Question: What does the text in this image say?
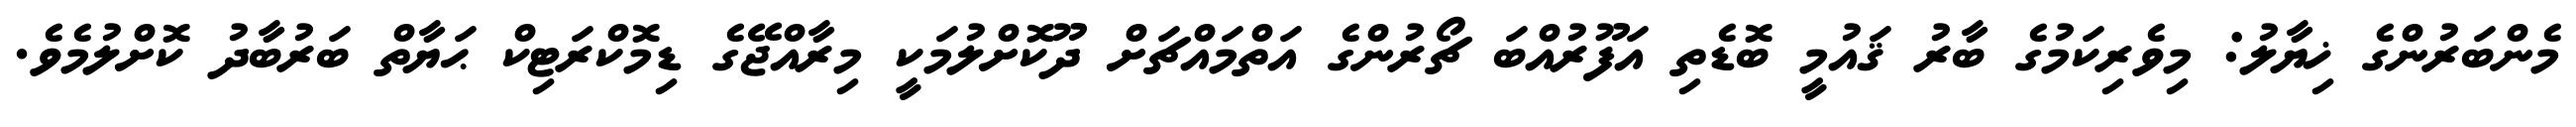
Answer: މެންބަރުންގެ ޚިޔާލު: މިވެރިކަމުގެ ބާރު ޤައުމީ ބޮޑެތި އަފޫރުއްބަ ޗޯރުންގެ އަތްމައްޗަށް ދޫކޮށްލުމަކީ މިރާއްޖޭގެ ޑިމޮކްރަޓިކް ޙަޔާތް ބަރުބާދު ކޮށްލުމެވެ.